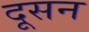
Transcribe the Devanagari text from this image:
दूसन